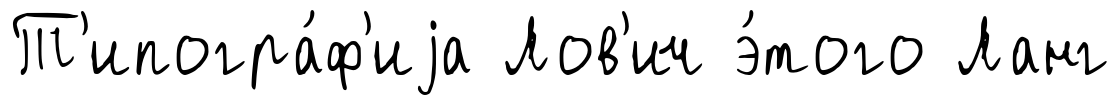
Т'ипогра́ф'иjа Лов'ич э́того Ланг